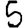
Digit: 5